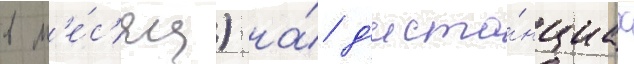
в м'е́с'яц) на́ д'иста́нциах